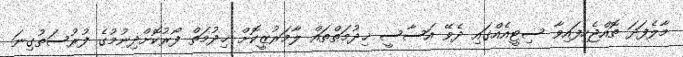
މާލެފަދަ ތޮއްޖެހިފައިވާ ސިޓީއެއްގައި ދެވޭ އަސާސީ ޚިދުމަތްތައް ލާމަރުޒީކޮށް ޚިދުމަތް ފޯރުކޮށްދިނުމުގެ ފުރުސަތުގިނަ